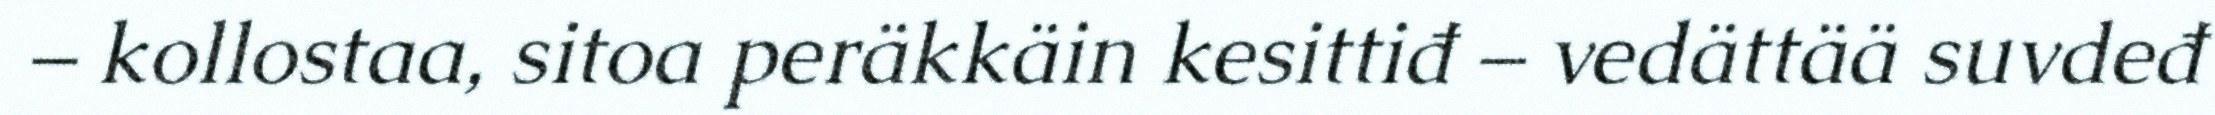
– kollostaa, sitoa peräkkäin kesittiđ – vedättää suvdeđ